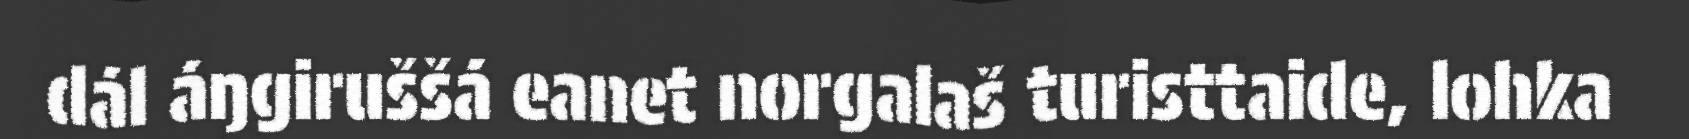
dál áŋgiruššá eanet norgalaš turisttaide, lohka